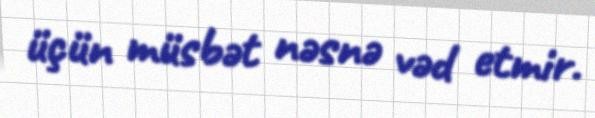
üçün müsbət nəsnə vəd etmir.